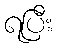
ရပြီး